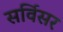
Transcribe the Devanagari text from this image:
सर्विसर